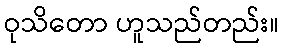
ဝုသိတော ဟူသည်တည်း။